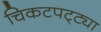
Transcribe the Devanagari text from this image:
चिकटपट्ट्या